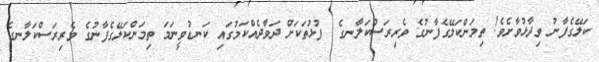
ކަލޭގެފާނު ވިދާޅުވާށެވެ! ތިމަންކަލޭގެފާނުގެ ވެރިރަސްކަލާނގެ  ފުޅުތަކަށް ދަވާދެއްކަމުގައި ކަނޑުވީނަމަ ތިމަންކަލޭގެފާނުގެ ވެރިރަސްކަލާނގެ